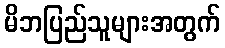
မိဘပြည်သူများအတွက်